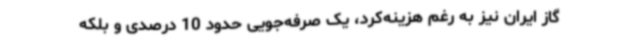
گاز ایران نیز به رغم هزینه‌کرد، یک صرفه‌جویی حدود 10 درصدی و بلکه